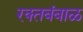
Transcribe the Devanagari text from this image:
रक्‍तबंबाळ